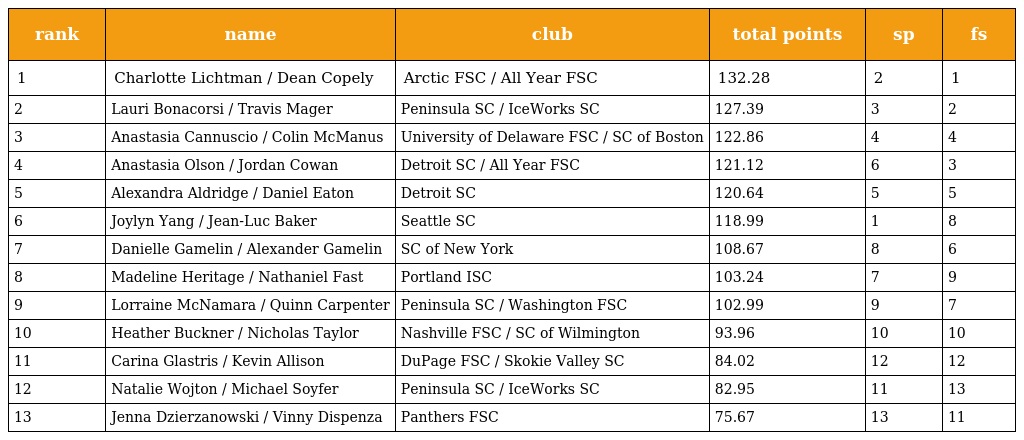
| rank | name | club | total points | sp | fs |
 | --- | --- | --- | --- | --- | --- |
 | 1 | Charlotte Lichtman / Dean Copely | Arctic FSC / All Year FSC | 132.28 | 2 | 1 |
 | 2 | Lauri Bonacorsi / Travis Mager | Peninsula SC / IceWorks SC | 127.39 | 3 | 2 |
 | 3 | Anastasia Cannuscio / Colin McManus | University of Delaware FSC / SC of Boston | 122.86 | 4 | 4 |
 | 4 | Anastasia Olson / Jordan Cowan | Detroit SC / All Year FSC | 121.12 | 6 | 3 |
 | 5 | Alexandra Aldridge / Daniel Eaton | Detroit SC | 120.64 | 5 | 5 |
 | 6 | Joylyn Yang / Jean-Luc Baker | Seattle SC | 118.99 | 1 | 8 |
 | 7 | Danielle Gamelin / Alexander Gamelin | SC of New York | 108.67 | 8 | 6 |
 | 8 | Madeline Heritage / Nathaniel Fast | Portland ISC | 103.24 | 7 | 9 |
 | 9 | Lorraine McNamara / Quinn Carpenter | Peninsula SC / Washington FSC | 102.99 | 9 | 7 |
 | 10 | Heather Buckner / Nicholas Taylor | Nashville FSC / SC of Wilmington | 93.96 | 10 | 10 |
 | 11 | Carina Glastris / Kevin Allison | DuPage FSC / Skokie Valley SC | 84.02 | 12 | 12 |
 | 12 | Natalie Wojton / Michael Soyfer | Peninsula SC / IceWorks SC | 82.95 | 11 | 13 |
 | 13 | Jenna Dzierzanowski / Vinny Dispenza | Panthers FSC | 75.67 | 13 | 11 |